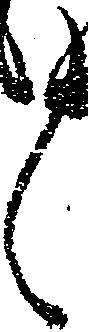
々